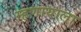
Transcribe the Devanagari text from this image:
म्हणायाला